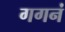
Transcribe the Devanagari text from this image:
गगनं